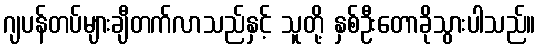
ဂျပန်တပ်များချီတက်လာသည်နှင့် သူတို့ နှစ်ဦးတောခိုသွားပါသည်။